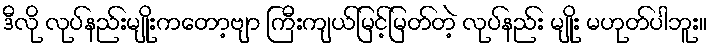
ဒီလို လုပ်နည်းမျိုးကတော့ဗျာ ကြီးကျယ်မြင့်မြတ်တဲ့ လုပ်နည်း မျိုး မဟုတ်ပါဘူး။